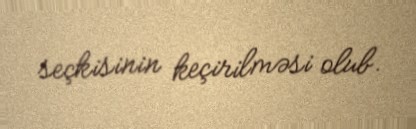
seçkisinin keçirilməsi olub.